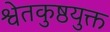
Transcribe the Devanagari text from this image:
श्वेतकुष्ठयुक्त